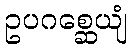
ဥပဂစ္ဆေယျံ